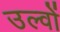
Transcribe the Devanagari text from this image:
उल्वों